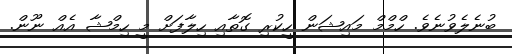
ބުނެލެވުނެވެ. ހްމްމް މައިޝަން ހީކުރި ގޮތާއި ހިލާފަށް މީ ހިމްޝާ އެއް ނޫން.